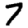
Digit: 7